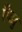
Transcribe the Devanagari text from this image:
पिप्रु